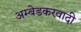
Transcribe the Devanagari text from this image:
अम्‍बेडकरवादी